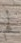
لم